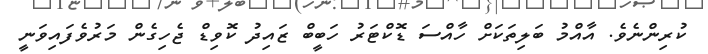
ކުރިންނެވެ. އާއްމު ބަލިތަކަށް ހާއްސަ ޑޮކްޓަރު ހަބީބް ޒައިދު ކޮވިޑް ޖެހިގެން މަރުވެފައިވަނީ